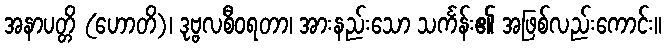
အနာပတ္တိ (ဟောတိ)၊ ဒုဗ္ဗလစီဝရတာ၊ အားနည်းသော သင်္ကန်း၏ အဖြစ်လည်းကောင်း။